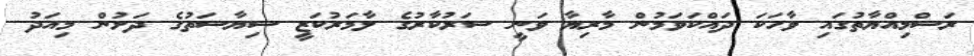
ރަސްމިއްޔާތުގައި ވާހަކަ ދައްކަވަމުން މާރިޔާ ވަނީ ސަރުކާރުގެ ލާމަރުކަޒީ ސިޔާސަތުގެ ދަށުން މިއަދު